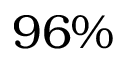
9 6 \%